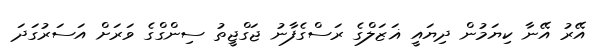
އޭރު އޭނާ ކިޔަމުން ދިޔައީ ޣަޒަލްގެ ރަސްގެފާނު ޖަގްޖީތު ސިންގްގެ ވަރަށް އަސަރުގަދަ